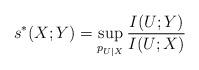
LaTeX: \begin{align*} s^*(X;Y)=\sup_{p_{U|X}}\frac{I(U;Y)}{I(U;X)}\end{align*}